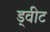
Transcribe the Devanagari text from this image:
ड्वीट